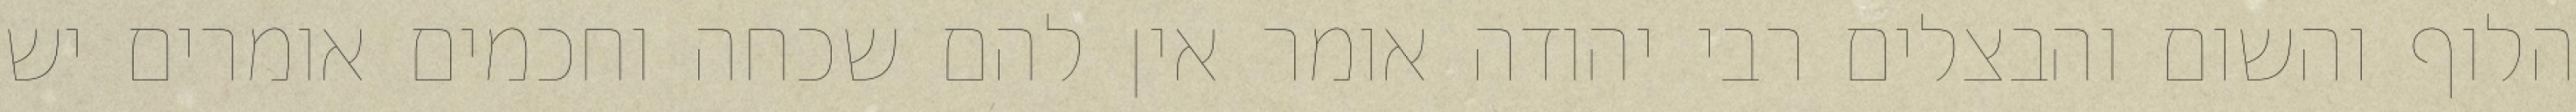
הלוף והשום והבצלים רבי יהודה אומר אין להם שכחה וחכמים אומרים יש